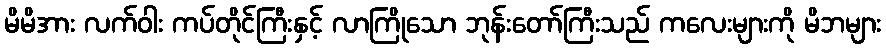
မိမိအား လက်ဝါး ကပ်တိုင်ကြီးနှင့် လာကြိုသော ဘုန်းတော်ကြီးသည် ကလေးများကို မိဘများ